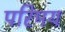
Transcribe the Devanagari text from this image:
परिमय